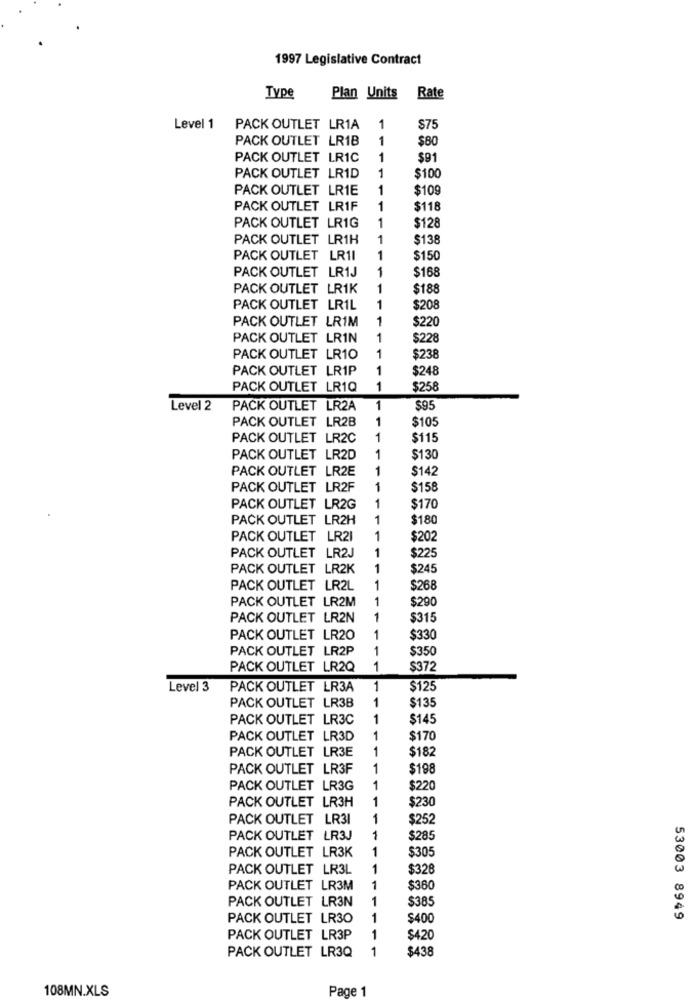
1997 Legislative Contract
Type
Plan Units Rate
Level 1
PACK OUTLET LR1A
1
$75
PACK OUTLET LR1B
1
$80
PACK OUTLET LRIC
1
$91
1
PACK OUTLET LR1D
$100
PACK OUTLET LRIE
1
$109
PACK OUTLET LR1F
1
$118
1
PACK OUTLET LR1G
$128
PACK OUTLET LR1H
1
$138
PACK OUTLET LR1I
1
$150
1
$168
PACK OUTLET LR1J
PACK OUTLET LR1K
1
$188
PACK OUTLET LRIL
1
$208
PACK OUTLET LR1M
1
$220
PACK OUTLET LRIN
1
$228
PACK OUTLET LR10
1
$238
PACK OUTLET LR1P
1
$248
PACK OUTLET LR1Q
1
$258
Level 2
PACK OUTLET LR2A
1
$95
PACK OUTLET LR2B
1
$105
PACK OUTLET LR2C
1
$115
PACK OUTLET LR2D
1
$130
PACK OUTLET LR2E
1
$142
PACK OUTLET LR2F
1
$158
PACK OUTLET LR2G
1
$170
PACK OUTLET LR2H
1
$180
PACK OUTLET LR21
1
$202
1
PACK OUTLET LR2J
$225
PACK OUTLET LR2K
1
$245
PACK OUTLET LR2L
1
$268
PACK OUTLET LR2M
1
$290
PACK OUTLET LR2N
1
$315
PACK OUTLET LR20
1
$330
PACK OUTLET LR2P
1
$350
PACK OUTLET LR2Q
1
$372
Level 3
PACK OUTLET LR3A
1
$125
1
PACK OUTLET LR3B
$135
PACK OUTLET LR3C
1
$145
PACK OUTLET LR3D
1
$170
PACK OUTLET LR3E
1
$182
PACK OUTLET LR3F
1
$198
PACK OUTLET LR3G
1
$220
PACK OUTLET LR3H
1
$230
PACK OUTLET LR31
1
$252
PACK OUTLET LR3J
1
$285
PACK OUTLET LR3K
1
$305
PACK OUTLET LR3L
1
$328
PACK OUTLET LR3M
1
$360
PACK OUTLET LR3N
1
$385
PACK OUTLET LR30
1
$400
53003 8949
PACK OUTLET LR3P
1
$420
PACK OUTLET LR3Q
1
$438
108MN.XLS
Page 1